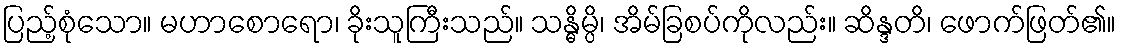
ပြည့်စုံသော။ မဟာစောရော၊ ခိုးသူကြီးသည်။ သန္ဓိမ္ပိ၊ အိမ်ခြစပ်ကိုလည်း။ ဆိန္ဒတိ၊ ဖောက်ဖြတ်၏။